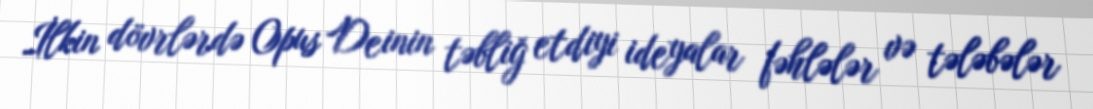
İlkin dövrlərdə Opus Deinin təbliğ etdiyi ideyalar fəhlələr və tələbələr